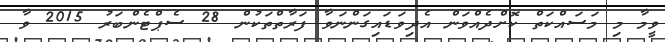
ވީމާ މި މަސައްކަތް ކޮށްދެއްވަން އެދިވަޑައިގަންނަވާ ފަރާތްތަކުން 28 ސެޕްޓެންބަރު 2015 ވާ